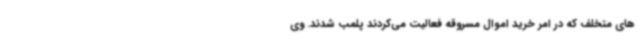
های متخلف که در امر خرید اموال مسروقه فعالیت می‌کردند پلمب شدند. وی